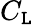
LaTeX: C_{\mathtt{L}}